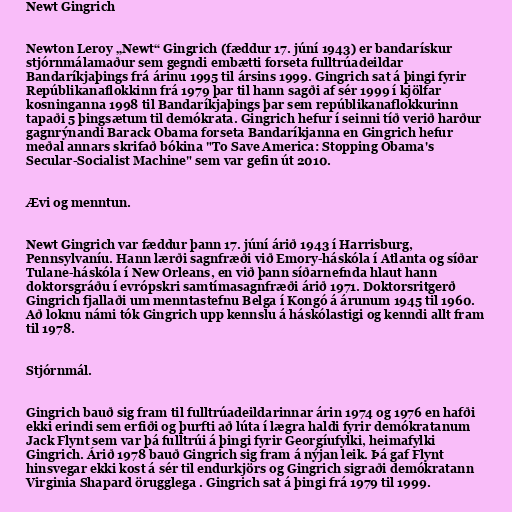
Newt Gingrich

Newton Leroy „Newt“ Gingrich (fæddur 17. júní 1943) er bandarískur
stjórnmálamaður sem gegndi embætti forseta fulltrúadeildar
Bandaríkjaþings frá árinu 1995 til ársins 1999. Gingrich sat á þingi fyrir
Repúblikanaflokkinn frá 1979 þar til hann sagði af sér 1999 í kjölfar
kosninganna 1998 til Bandaríkjaþings þar sem repúblikanaflokkurinn
tapaði 5 þingsætum til demókrata. Gingrich hefur í seinni tíð verið harður
gagnrýnandi Barack Obama forseta Bandaríkjanna en Gingrich hefur
meðal annars skrifað bókina "To Save America: Stopping Obama's
Secular-Socialist Machine" sem var gefin út 2010.

Ævi og menntun.

Newt Gingrich var fæddur þann 17. júní árið 1943 í Harrisburg,
Pennsylvaníu. Hann lærði sagnfræði við Emory-háskóla í Atlanta og síðar
Tulane-háskóla í New Orleans, en við þann síðarnefnda hlaut hann
doktorsgráðu í evrópskri samtímasagnfræði árið 1971. Doktorsritgerð
Gingrich fjallaði um menntastefnu Belga í Kongó á árunum 1945 til 1960.
Að loknu námi tók Gingrich upp kennslu á háskólastigi og kenndi allt fram
til 1978.

Stjórnmál.

Gingrich bauð sig fram til fulltrúadeildarinnar árin 1974 og 1976 en hafði
ekki erindi sem erfiði og þurfti að lúta í lægra haldi fyrir demókratanum
Jack Flynt sem var þá fulltrúi á þingi fyrir Georgíufylki, heimafylki
Gingrich. Árið 1978 bauð Gingrich sig fram á nýjan leik. Þá gaf Flynt
hinsvegar ekki kost á sér til endurkjörs og Gingrich sigraði demókratann
Virginia Shapard örugglega . Gingrich sat á þingi frá 1979 til 1999.